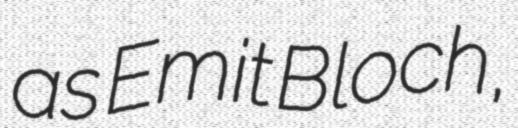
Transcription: as Emit Bloch,